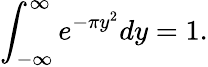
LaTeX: \int_{-\infty}^{\infty}e^{-\pi y^{2}}dy=1.